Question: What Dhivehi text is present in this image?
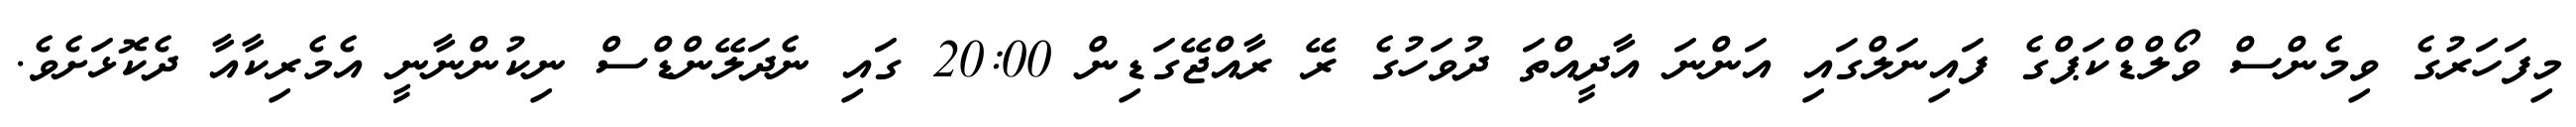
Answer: މިފަހަރުގެ ވިމެންސް ވޯލްޑްކަޕްގެ ފައިނަލްގައި އަންނަ އާދީއްތަ ދުވަހުގެ ރޭ ރާއްޖޭގަޑިން 20:00 ގައި ނެދަލޭންޑްސް ނިކުންނާނީ އެމެރިކާއާ ދެކޮޅަށެވެ.